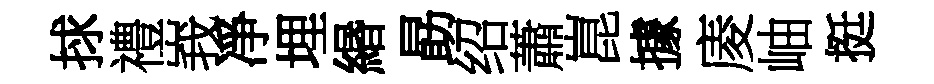
捄禮峩凈埋緡勗绍蕭崑據庱岫挺